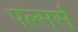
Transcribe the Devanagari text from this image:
पल्सर्स